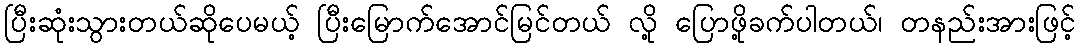
ပြီးဆုံးသွားတယ်ဆိုပေမယ့် ပြီးမြောက်အောင်မြင်တယ် လို့ ပြောဖို့ခက်ပါတယ်၊ တနည်းအားဖြင့်